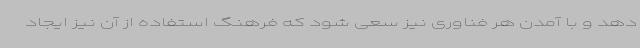
دهد و با آمدن هر فناوری نیز سعی شود که فرهنگ استفاده از آن نیز ایجاد